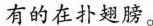
有的在扑翅膀。